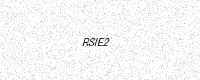
Text: RSIE2